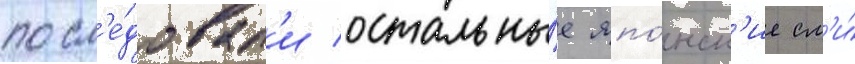
посл'е́довал'и остальны́е япо́нск'ие см'и́